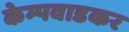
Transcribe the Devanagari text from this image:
केम्पवाडकर